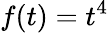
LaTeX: f(t)=t^{4}